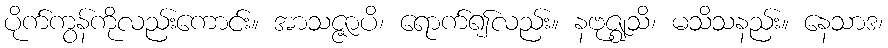
ပိုက်ကွန်ကိုလည်းကောင်း။ အာသဇ္ဇာပိ၊ ရောက်၍လည်း။ နဗုဇ္ဈသိ၊ မသိသနည်း။ နေသာဒ၊